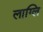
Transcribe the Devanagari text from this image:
लाग्लि